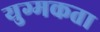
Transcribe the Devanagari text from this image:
युग्मकता